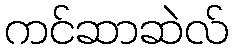
ကင်ဆာဆဲလ်